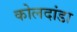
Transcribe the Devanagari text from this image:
कोलदांडा